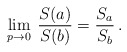
\begin{align*}\lim_{p\to 0} \: \frac{S(a)}{S(b)} = \frac{S_a}{S_b} \, .\end{align*}